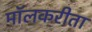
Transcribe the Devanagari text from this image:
मॉलकरीता